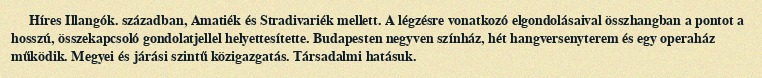
Híres Illangók. században, Amatiék és Stradivariék mellett. A légzésre vonatkozó elgondolásaival összhangban a pontot a hosszú, összekapcsoló gondolatjellel helyettesítette. Budapesten negyven színház, hét hangversenyterem és egy operaház működik. Megyei és járási szintű közigazgatás. Társadalmi hatásuk.